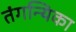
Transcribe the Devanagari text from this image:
तंगन्यिका